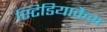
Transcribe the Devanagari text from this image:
स्टिडियाकैम